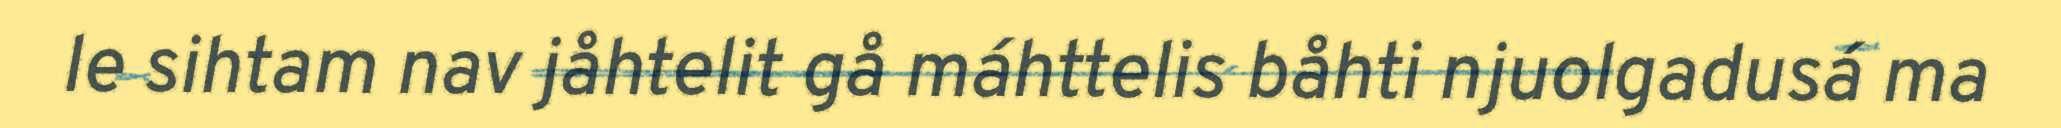
le sihtam nav jåhtelit gå máhttelis båhti njuolgadusá ma